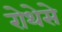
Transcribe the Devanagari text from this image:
रोथेसे